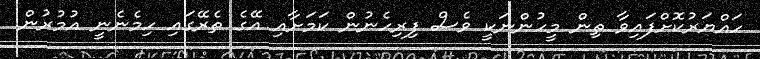
ހައްޔަރުކޮށްފައިވާ ތިން މީހުންނަކީ ވެސް ފިރިހެނުން ކަމަށާއި އޭގެ ތެރޭގައި ހިމެނެނީ އުމުރުން